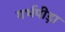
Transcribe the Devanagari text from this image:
गर्भपीड़ा